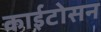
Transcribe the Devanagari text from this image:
काईटोसन